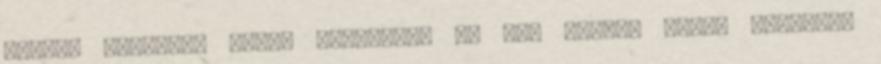
minden jóérzésű ember kiakadna, ha már mondta volna többször